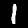
Digit: 1